Leaving Certificate Examination (including Day School Certificate (Higher) General paper), 1933
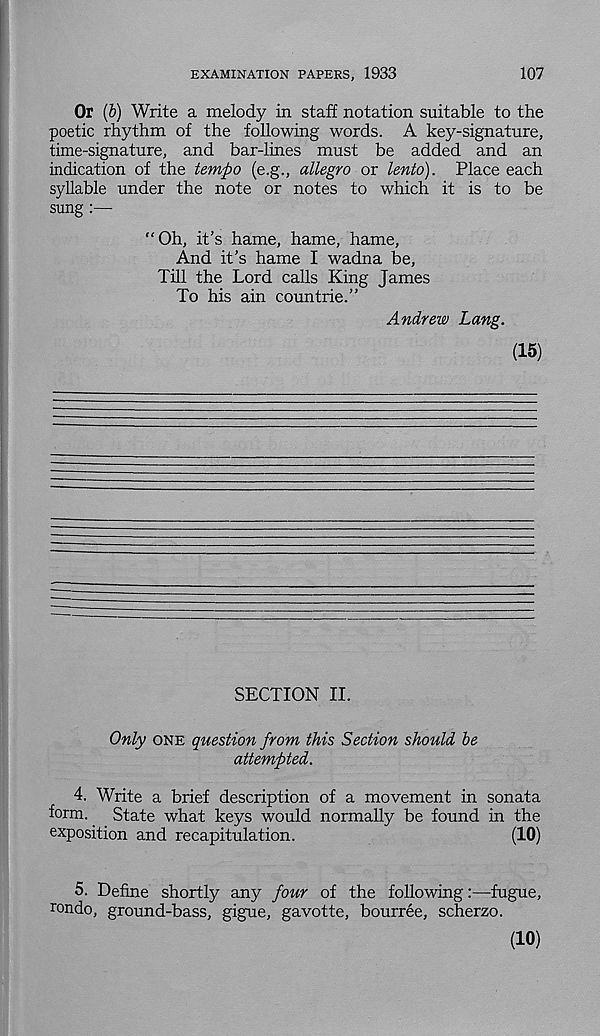
EXAMINATION PAPERS, 1933
107
Or (b) Write a melody in staff notation suitable to the
poetic rhythm of the following words. A key-signature,
time-signature, and bar-lines must be added and an
indication of the tempo (e.g., allegro or lento). Place each
syllable under the note or notes to which it is to be
sung :—•
“Oh, it’s hame, hame, hame,
And it’s hame I wadna be,
Till the Lord calls King James
To his ain countrie.”
Andrew Lang.
(15)
SECTION II.
Only one question from this Section should be
attempted.
4. Write a brief description of a movement in sonata
form.
State what keys would normally be found in the
exposition and recapitulation.
(10)
5. Define shortly any four of the following:—fugue,
rondo, ground-bass, gigue, gavotte, bourree, scherzo.
(10)